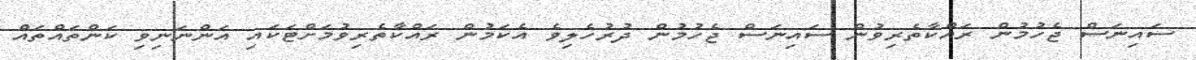
ސައިނަސް ޖެހުމުން ރައްކާތެރިވުން ސައިނަސް ޖެހުމުން ދުރުހެލިވެ އެކަމުން ރައްކާތެރިވުމަށްޓަކައި އަންނަނިވި ކަންތައްތައް